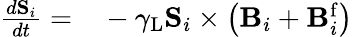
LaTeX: \begin{array}{rl}{\frac{d\mathbf{S}_{i}}{dt}=}&{{}-\gamma_{\mathrm{L}}\mathbf{S}_{i}\times\left(\mathbf{B}_{i}+\mathbf{B}_{i}^{\mathrm{f}}\right)}\end{array}